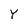
Character: Y